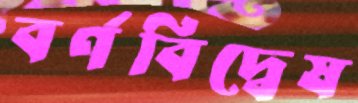
বর্ণবিদ্বেষ